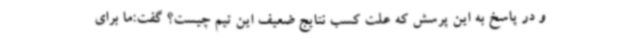
و در پاسخ به این پرسش که علت کسب نتایج ضعیف این تیم چیست؟ گفت:ما برای